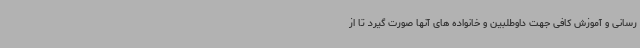
رسانی و آموزش کافی جهت داوطلبین و خانواده های آنها صورت گیرد تا از